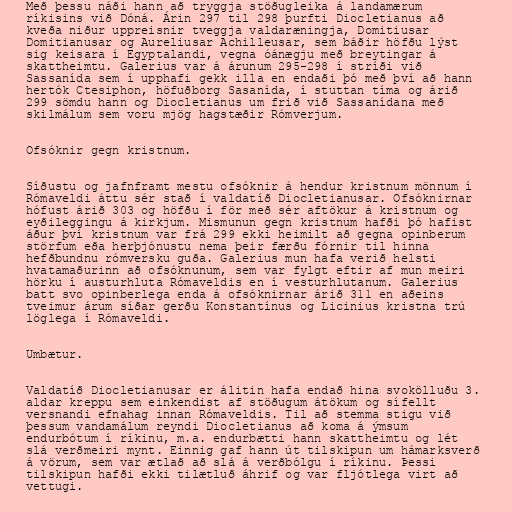
Með þessu náði hann að tryggja stöðugleika á landamærum
ríkisins við Dóná. Árin 297 til 298 þurfti Diocletianus að
kveða niður uppreisnir tveggja valdaræningja, Domitiusar
Domitianusar og Aureliusar Achilleusar, sem báðir höfðu lýst
sig keisara í Egyptalandi, vegna óánægju með breytingar á
skattheimtu. Galerius var á árunum 295-298 í stríði við
Sassanída sem í upphafi gekk illa en endaði þó með því að hann
hertók Ctesiphon, höfuðborg Sasanída, í stuttan tíma og árið
299 sömdu hann og Diocletianus um frið við Sassanídana með
skilmálum sem voru mjög hagstæðir Rómverjum.

Ofsóknir gegn kristnum.

Síðustu og jafnframt mestu ofsóknir á hendur kristnum mönnum í
Rómaveldi áttu sér stað í valdatíð Diocletianusar. Ofsóknirnar
hófust árið 303 og höfðu í för með sér aftökur á kristnum og
eyðileggingu á kirkjum. Mismunun gegn kristnum hafði þó hafist
áður því kristnum var frá 299 ekki heimilt að gegna opinberum
störfum eða herþjónustu nema þeir færðu fórnir til hinna
hefðbundnu rómversku guða. Galerius mun hafa verið helsti
hvatamaðurinn að ofsóknunum, sem var fylgt eftir af mun meiri
hörku í austurhluta Rómaveldis en í vesturhlutanum. Galerius
batt svo opinberlega enda á ofsóknirnar árið 311 en aðeins
tveimur árum síðar gerðu Konstantínus og Licinius kristna trú
löglega í Rómaveldi.

Umbætur.

Valdatíð Diocletianusar er álitin hafa endað hina svokölluðu 3.
aldar kreppu sem einkendist af stöðugum átökum og sífellt
versnandi efnahag innan Rómaveldis. Til að stemma stigu við
þessum vandamálum reyndi Diocletianus að koma á ýmsum
endurbótum í ríkinu, m.a. endurbætti hann skattheimtu og lét
slá verðmeiri mynt. Einnig gaf hann út tilskipun um hámarksverð
á vörum, sem var ætlað að slá á verðbólgu í ríkinu. Þessi
tilskipun hafði ekki tilætluð áhrif og var fljótlega virt að
vettugi.